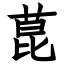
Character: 菎